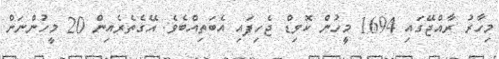
މިހާރު ރާއްޖޭގައި 1694 މީހުން ކޮވިޑް ޖެހިފައި އެބަތިއްބެވެ. އޭގެތެރެއިން 20 މީހުންނަށް